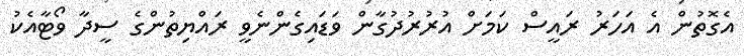
އެގޮތުން އެ އަހަރު ރައީސް ކަމަށް އުރުރުދުގާން ވަޑައިގެންނެވީ ރައްޔިތުންގެ ސީދާ ވޯޓާއެކު